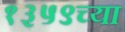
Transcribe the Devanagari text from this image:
१३५९च्या